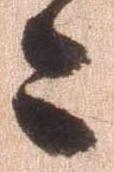
々